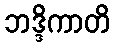
ဘဒ္ဒိကာတိ